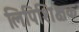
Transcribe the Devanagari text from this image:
लिपिशिक्षक